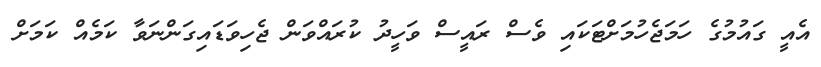
އެއީ ގައުމުގެ ހަމަޖެހުމަށްޓަކައި ވެސް ރައީސް ވަހީދު ކުރައްވަން ޖެހިވަޑައިގަންނަވާ ކަމެއް ކަމަށް